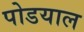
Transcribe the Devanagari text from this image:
पोडयाल